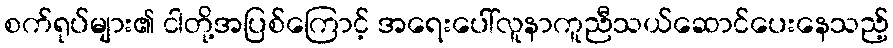
စက်ရုပ်များ၏ ငါတို့အပြစ်ကြောင့် အရေးပေါ်လူနာကူညီသယ်ဆောင်ပေးနေသည့်